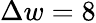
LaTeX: \Delta w=8